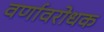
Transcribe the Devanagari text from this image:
वर्णावरोधक